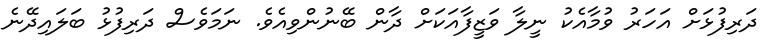
ދަރިފުޅަށް އަހަރު ވުމާއެކު ނީލާ ވަޒީފާއަކަށް ދާން ބޭނުންވިއެވެ. ނަމަވެސް ދަރިފުޅު ބަލައިދޭނެ